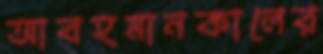
আবহমানকালের